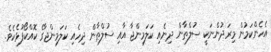
އެހެންކަމުން މިރަދުންނަކީ ސުލްޠާން ދިނެއި ކަލަމިންޖާ އާއި ސުލްޠާން ދިހެއި ކަލަމިންޖާގެ ކޮއްކޯފުޅެކެވެ.